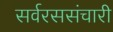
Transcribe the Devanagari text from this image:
सर्वरससंचारी